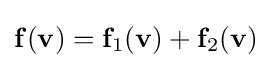
\mathbf {f} (\mathbf {v} )=\mathbf {f} _{1}(\mathbf {v} )+\mathbf {f} _{2}(\mathbf {v} )